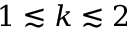
1 \lesssim k \lesssim 2